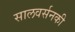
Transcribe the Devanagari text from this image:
सालवर्सनकी